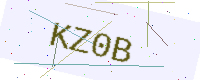
Text: KZ0B